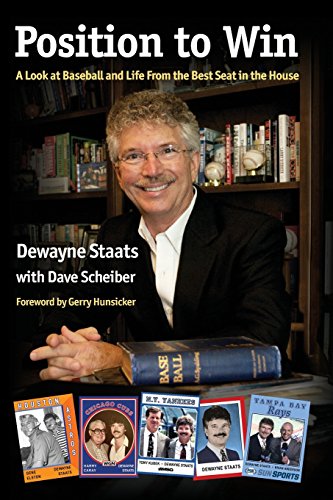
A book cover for Position to Win: A Look at Baseball and Life From the Best Seat in the House; Dewayne Staats; Biographies & Memoirs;